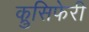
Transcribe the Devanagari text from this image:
क्रुसिफेरी